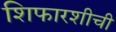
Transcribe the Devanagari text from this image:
शिफारशीची